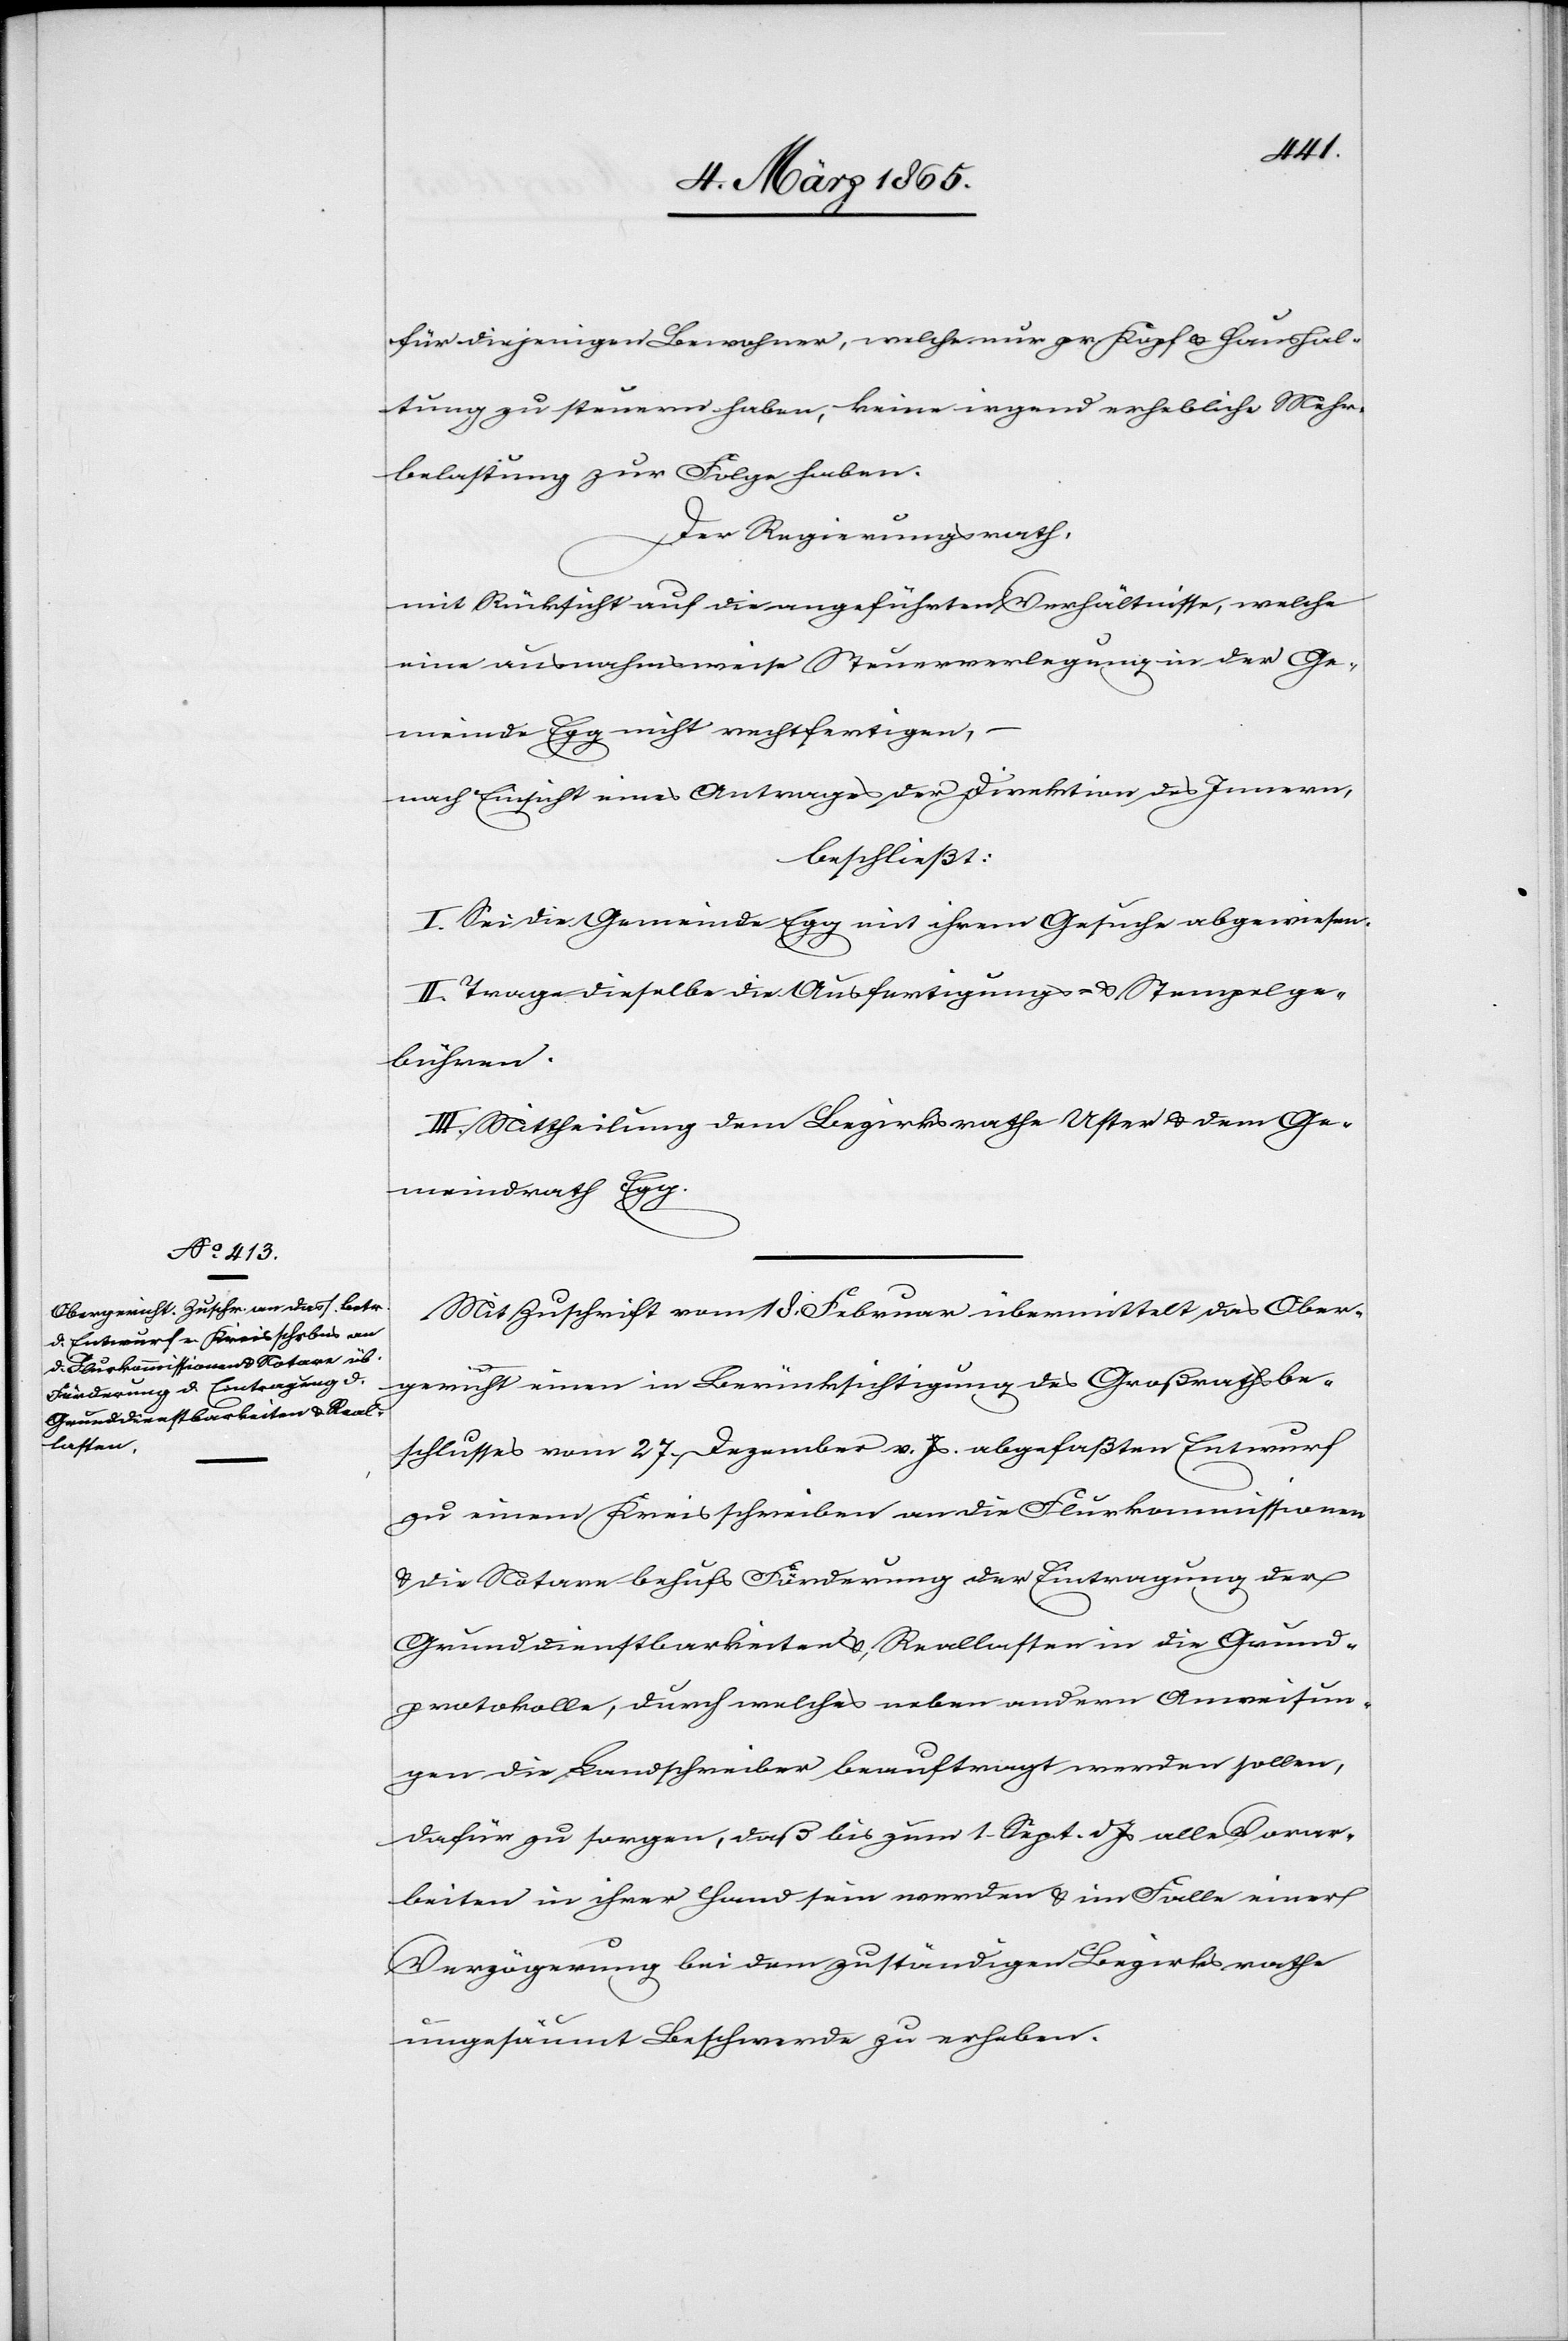
für diejenigen Bewohner, welche nur pr Kopf u. Haushal¬
tung zu steuern haben, keine irgend erhebliche Mehr¬
belastung zur Folge haben.
Der Regierungsrath,
mit Rücksicht auf die angeführten Verhältnisse, welche
eine ausnahmsweise Steuerverlegung in der Ge¬
meinde Egg nicht rechtfertigen,
nach Einsicht eines Antrages der Direktion des Innern,
beschließt:
I. Sei die Gemeinde Egg mit ihrem Gesuche abgewiesen.
II. Trage dieselbe die Ausfertigungs- u. Stempelge¬
bühren.
III. Mittheilung dem Bezirksrathe Uster u. dem Ge¬
meindrath Egg.
Mit Zuschrift vom 18. Februar übermittelt das Ober¬
gericht einen in Berücksichtigung des Großrathsbe¬
schlusses vom 27. Dezember v. Js. abgefaßten Entwurf
zu einem Kreisschreiben an die Flurkommissionen
u. die Notare behufs Förderung der Eintragung der
Grunddienstbarkeiten u. Reallasten in die Grund¬
protokolle, durch welches neben andern Anweisun¬
gen die Landschreiber beauftragt werden sollen,
dafür zu sorgen, daß bis zum 1. Sept. d. Js alle Vorar¬
beiten in ihrer Hand sein werden u. im Falle einer
Verzögerung bei dem zuständigen Bezirksrathe
ungesäumt Beschwerde zu erheben.